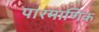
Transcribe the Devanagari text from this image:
पारमाणिक